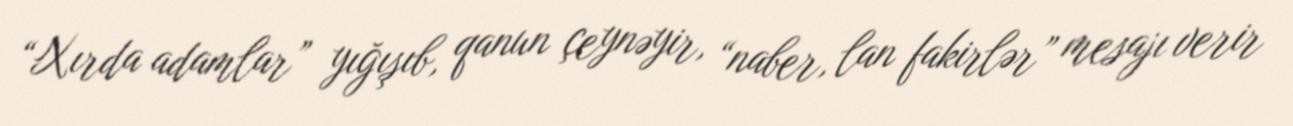
“Xırda adamlar” yığışıb, qanun çeynəyir, “naber, lan fakirlər” mesajı verir